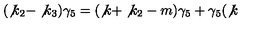
( \not { k } _ { 2 } - \not { k } _ { 3 } ) \gamma _ { 5 } = ( \not { k } + \not { k } _ { 2 } - m ) \gamma _ { 5 } + \gamma _ { 5 } ( \not { k }